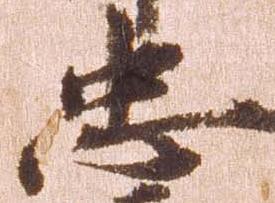
忠